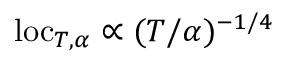
\mathrm { l o c } _ { T , \alpha } \propto ( T / \alpha ) ^ { - 1 / 4 }